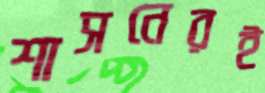
শাসনেরই